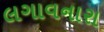
લગાવનારા